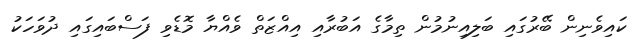
ކައިވެނިން ބޭރުގައި ބަލިއިނުމުން ތިމާގެ އަބުރާއި އިއްޒަތް ވެއްޔާ މޮޑެވި ފަސްބައިގައި ދުވަހަކު